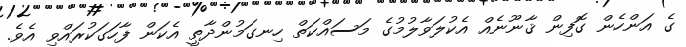
ގެ އަންހެން ގޮފިން ޤާނޫނެއް އެކުލަވާލުމުގެ މަސައްކަތް ހިނގަމުންދާތީ އެކަން ފާހަގަކުރައްވި އެވެ.